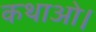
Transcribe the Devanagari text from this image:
कथाओ।